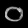
Digit: ၀